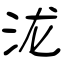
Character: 泷